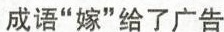
成语”嫁”给了广告